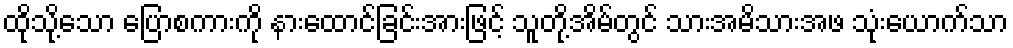
ထိုသို့သော ပြောစကားကို နားထောင်ခြင်းအားဖြင့် သူတို့အိမ်တွင် သားအမိသားအဖ သုံးယောက်သာ